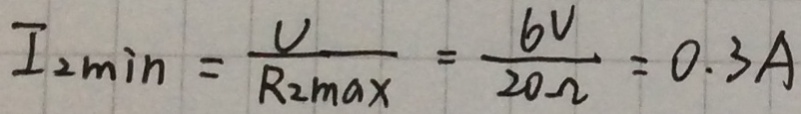
I _ { 2 \min } = \frac { V } { R _ { 2 m a } x } = \frac { 6 V } { 2 0 \Omega } = 0 . 3 A